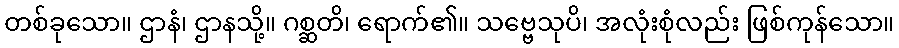
တစ်ခုသော။ ဌာနံ၊ ဌာနသို့။ ဂစ္ဆတိ၊ ရောက်၏။ သဗ္ဗေသုပိ၊ အလုံးစုံလည်း ဖြစ်ကုန်သော။